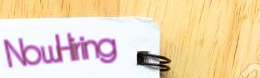
NowHiring